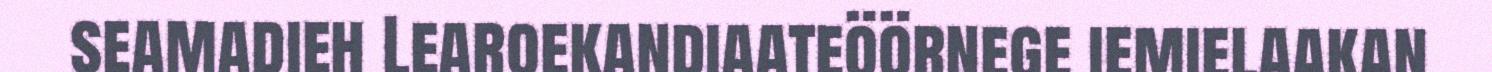
seamadieh Learoekandiaateöörnege iemielaakan